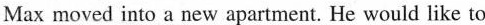
Max moved into a new apartment. He would like to